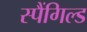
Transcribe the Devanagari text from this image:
स्पैंगिल्ड